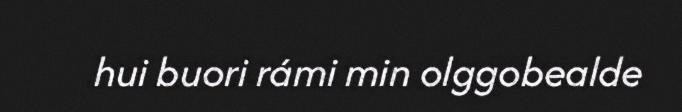
hui buori rámi min olggobealde